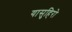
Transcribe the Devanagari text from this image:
यासुहिरो